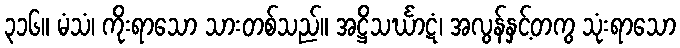
၃၁၆။ မံသံ၊ ကိုးရာသော သားတစ်သည်။ အဋ္ဌိသင်္ဃာဋံ၊ အလွန်နှင့်တကွ သုံးရာသော